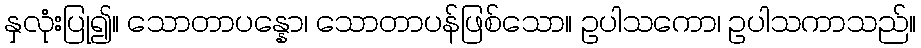
နှလုံးပြု၍။ သောတာပန္နော၊ သောတာပန်ဖြစ်သော။ ဥပါသကော၊ ဥပါသကာသည်။